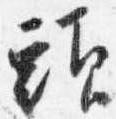
頭